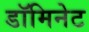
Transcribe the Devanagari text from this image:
डॉमिनेट